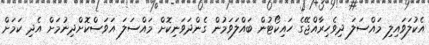
އެކުލަވައިލި މައްސަލަ ދިވެހިރާއްޖޭގެ ހައިކޯޓުން ބައްލަވަމުން ގެންދަވަނިކޮށް މައްސަލަ އަވަސްކޮށްދިނުމަށް އެދި ކަމަށް